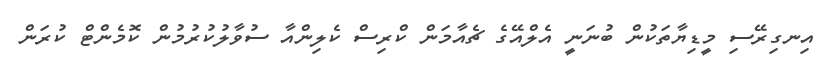
އިނގިރޭސި މީޑިޔާތަކުން ބުނަނީ އެލްއޭގެ ޗެއާމަން ކްރިސް ކެލިންއާ ސުވާލުކުރުމުން ކޮމެންޓް ކުރަން